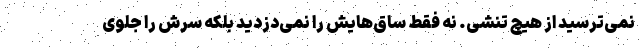
نمی‌ترسید از هیچ تنشی. نه فقط ساق‌هایش را نمی‌دزدید بلکه سرش را جلوی